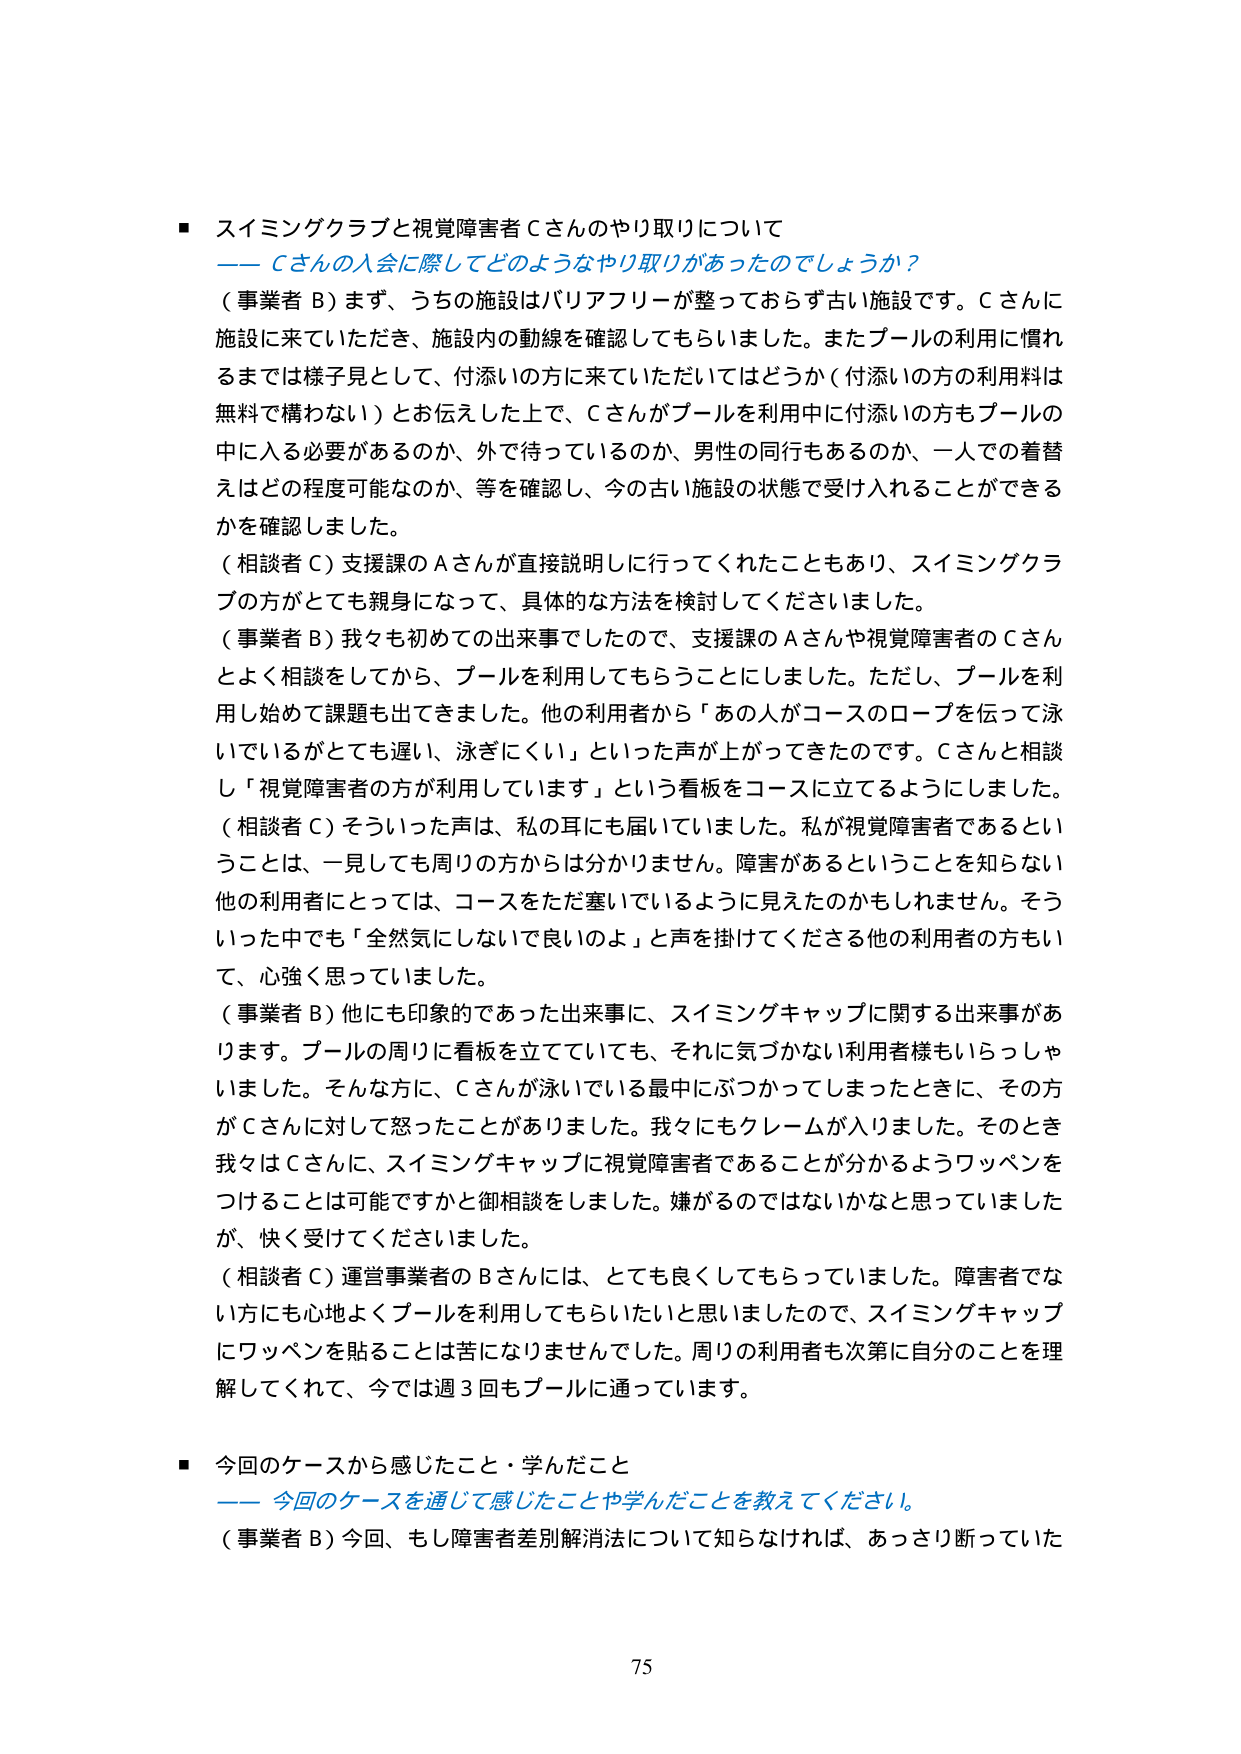
■ スイミングクラブと視覚障害者Ｃさんのやり取りについて
――Ｃさんの入会に際してどのようなやり取りがあったのでしょうか？

（事業者Ｂ）まず、うちの施設はバリアフリーが整っておらず古い施設です。Ｃさんに施設に来ていただき、施設内の動線を確認してもらいました。またプールの利用に慣れるまでは様子見として、付添いの方に来ていただいてはどうか（付添いの方の利用料は無料で構わない）とお伝えした上で、Ｃさんがプールを利用中に付添いの方もプールの中に入る必要があるのか、外で待っているのか、男性の同行もあるのか、一人での着替えはどの程度可能なのか、等を確認し、今の古い施設の状態で受け入れることができるかを確認しました。

（相談者Ｃ）支援課のＡさんが直接説明しに行ってくれたこともあり、スイミングクラブの方がとても親身になって、具体的な方法を検討してくださいました。

（事業者Ｂ）我々も初めての出来事でしたので、支援課のＡさんや視覚障害者のＣさんとよく相談をしてから、プールを利用してもらうことにしました。ただし、プールを利用し始めて課題も出てきました。他の利用者から「あの人がコースのロープを伝って泳いでいるがとても遅い、泳ぎにくい」といった声が上がってきたのです。Ｃさんと相談し「視覚障害者の方が利用しています」という看板をコースに立てるようにしました。

（相談者Ｃ）そういった声は、私の耳にも届いていました。私が視覚障害者であるということは、一見しても周りの方からは分かりません。障害があるということを知らない他の利用者にとっては、コースをただ塞いでいるように見えたのかもしれません。そういった中でも「全然気にしないで良いのよ」と声を掛けてくださる他の利用者の方もいて、心強く思っていました。

（事業者Ｂ）他にも印象的であった出来事に、スイミングキャップに関する出来事があります。プールの周りに看板を立てていても、それに気づかない利用者様もいらっしゃいました。そんな方に、Ｃさんが泳いでいる最中にぶつかったしまったときに、その方がＣさんに対して怒ったことがありました。我々にもクレームが入りました。そのとき我々はＣさんに、スイミングキャップに視覚障害者であることが分かるようワッペンをつけることは可能ですかと御相談をしました。嫌がるのではないかなと思っていましたが、快く受けてくださいました。

（相談者Ｃ）運営事業者のＢさんには、とても良くしてもらっていました。障害者でない方にも心地よくプールを利用してもらいたいと思いましたので、スイミングキャップにワッペンを貼ることは苦になりませんでした。周りの利用者も次第に自分のことを理解してくれて、今では週３回もプールに通っています。

■ 今回のケースから感じたこと・学んだこと
――今回のケースを通じて感じたことや学んだことを教えてください。

（事業者Ｂ）今回、もし障害者差別解消法について知らなければ、あっさり断っていた

75